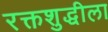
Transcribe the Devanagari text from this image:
रक्तशुद्धीला